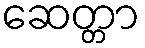
ဆေတ္တာ